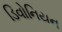
ડિવોનિયન